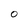
Character: O